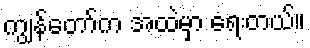
ကျွန်တော်က အထဲမှာ ရေးတယ်။